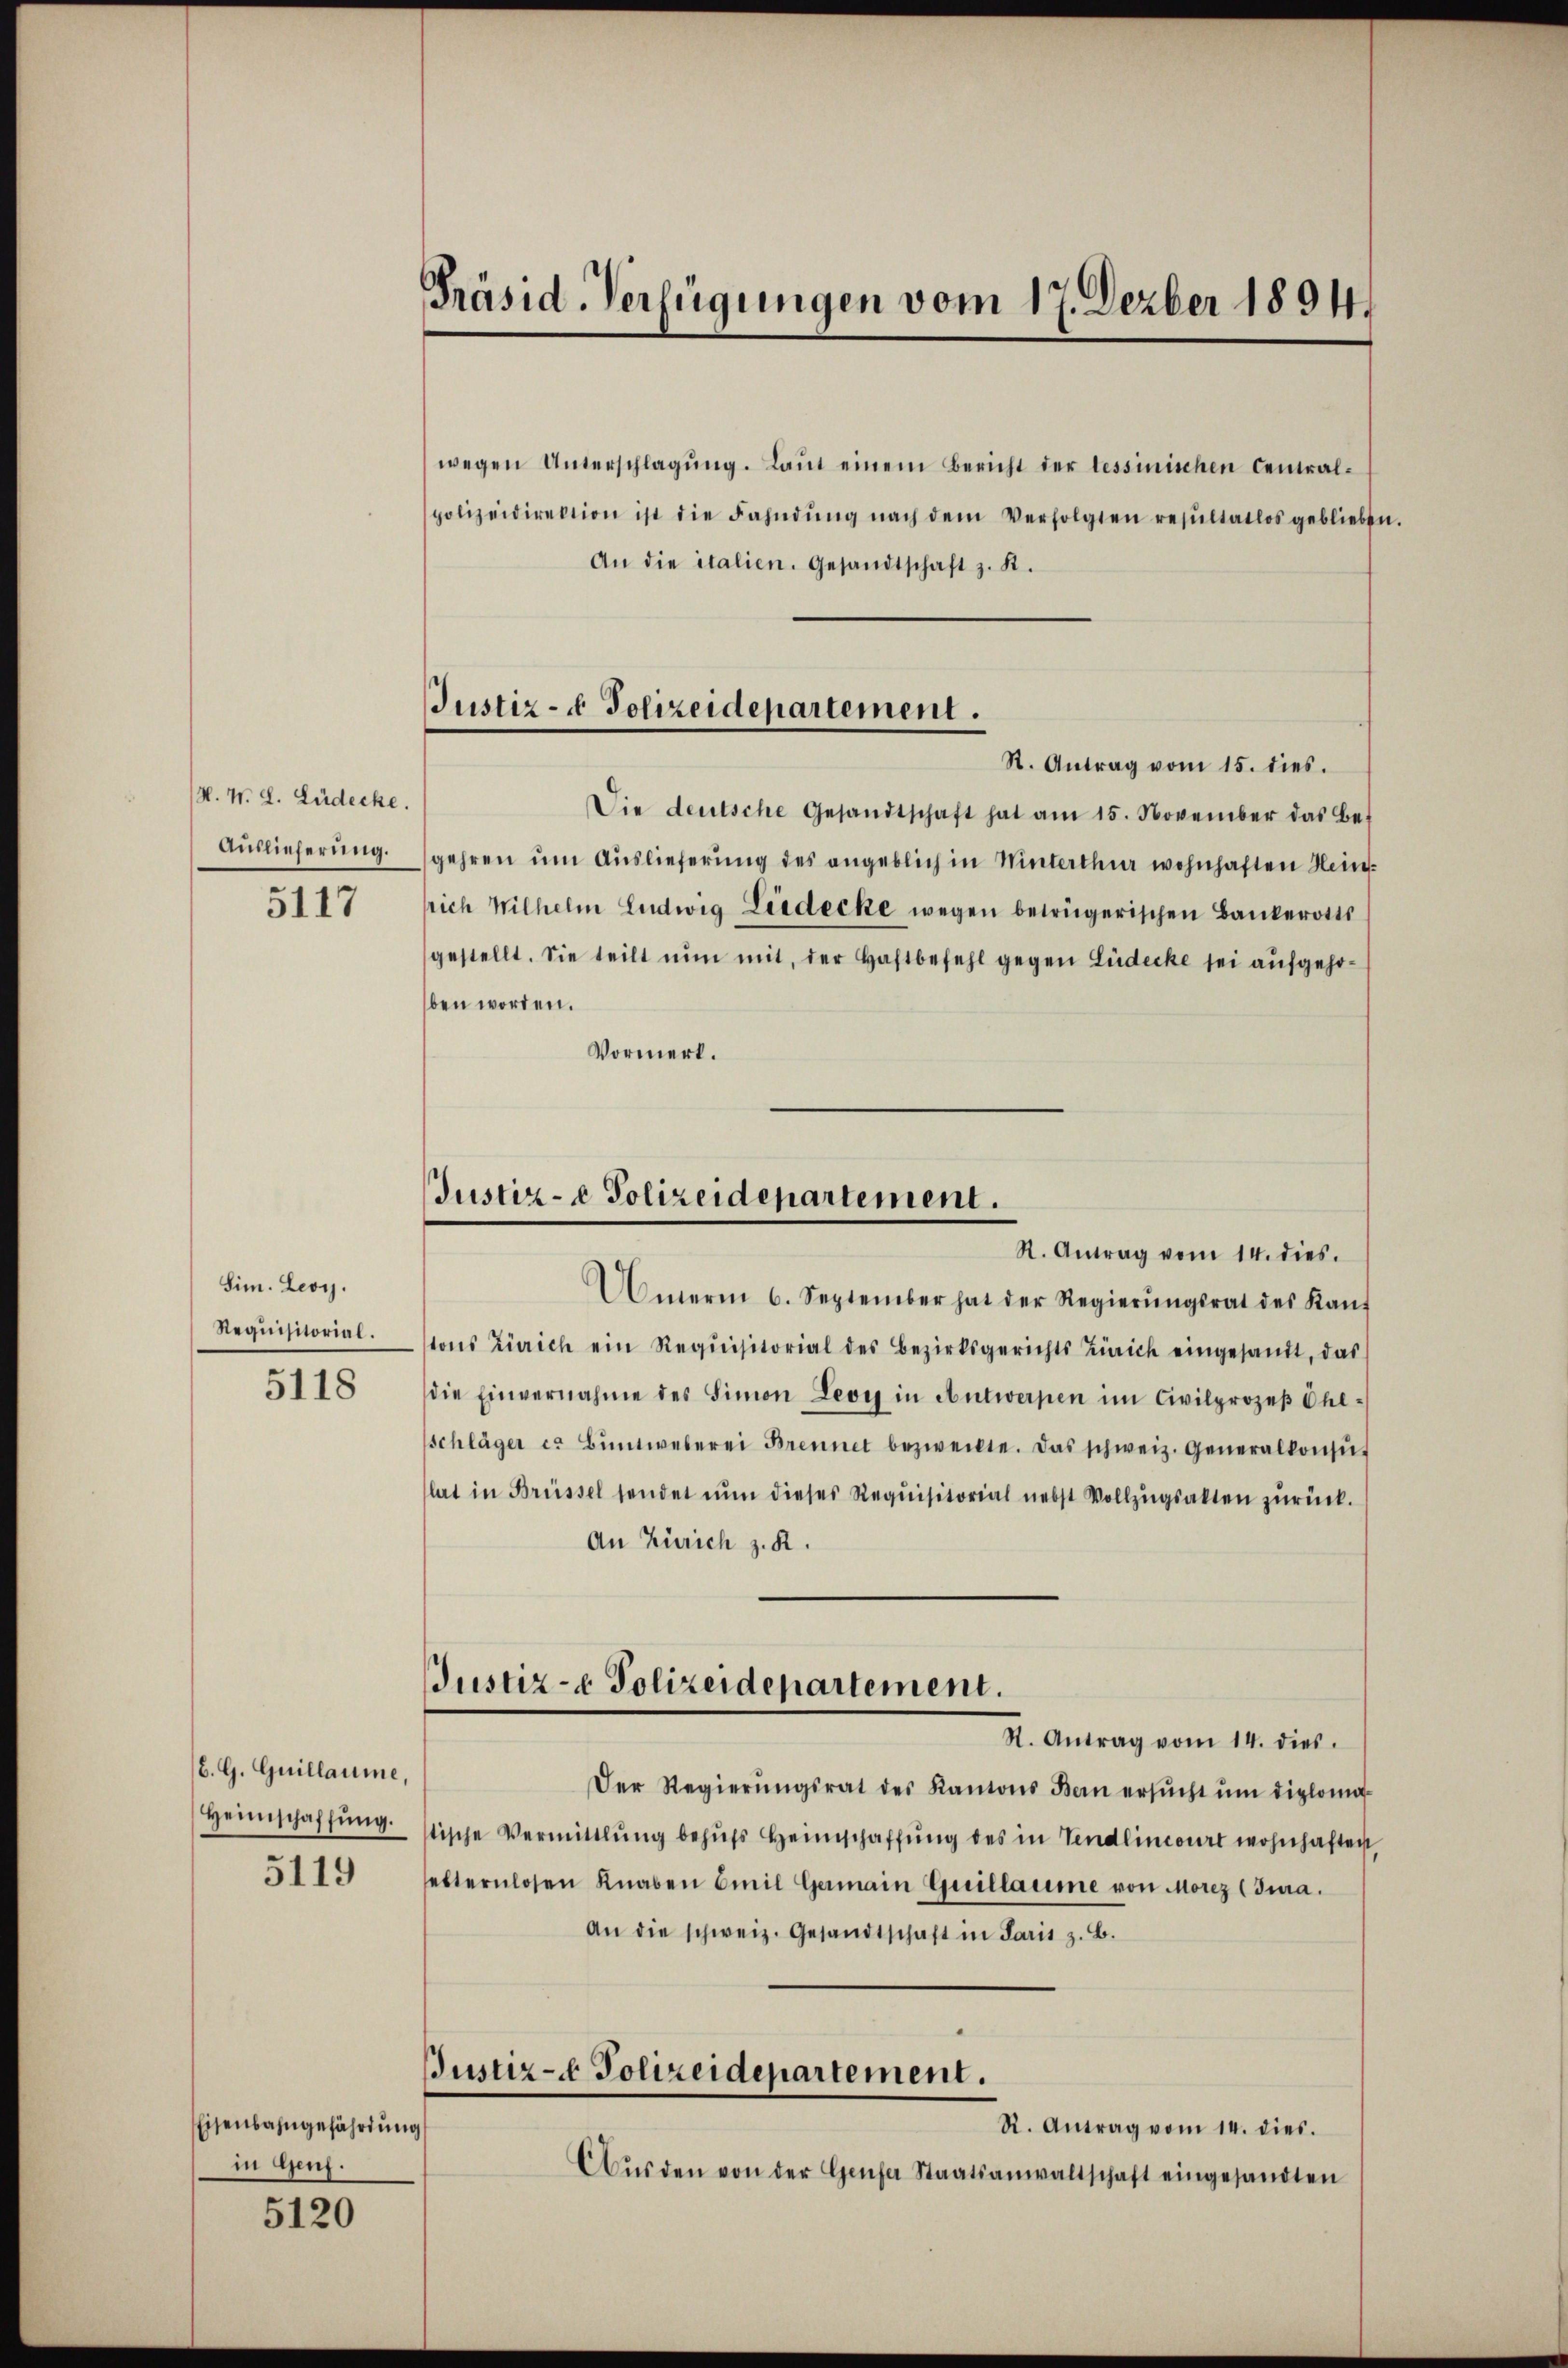
H. W. L. Lüdecke.
Auslieferung.
5117

Sim. Leoy.
Requisitorial.
5118

b. G. Guillaume,
Heimschaffung.
5119

Eisenbahngefährdung
in Genz.

5120

Präsid-Verfügungen vom 17. Dezber 1894.

Justiz- & Polizeidepartement.
R. Antrag vom 15. dies.

Justiz- & Polizeidepartement.
R. Antrag vom 14. dies.

wegen Unterschlagŭng. Laŭt einem Bericht der lessinischen Central-
polizeidirektion ist die Fahndŭng nach dem Verfolgten resŭltatlos gebliebt,
An die italien. Gesandtschaft z. B.
Die deutsche Gesandtschaft hat am 15. November das Be
gehren um Auslieferung des angeblich in Winterthur wohnhaften Heinlrich Wilhelm Ludwig Liedecke wegen betrügerischen Bankerotts
gestellt. Sie teilt nŭn mit, der Haftbefehl gegen Lüdecke sei aufgehoben worden.
Vormert.
Amerin 6. September hat der Regierŭngsrat des Kant
tons Zürich ein Requisitorial des Bezirksgerichts Zürich eingesandt, das
die Einvernahme des Simon Leorg in Antwerpen im Civilprozeβ Chl-
Schläger es Buntweberei Brennet bezweckte. Das schweiz. Generalkonsŭt
lat in Brüssel sendet nŭn dieses Requisitorial nebst Vollzŭgsalten zŭrück.
An Zürich z. K.
Justiz- & Polizeidepartement.
R. Antrag vom 14. dies
Der Regierŭngsrat des Kantons Bern ersŭcht ŭm diplomatische Vermittlung behŭfs Heimschaffŭng des in Vendlincours wohnhaften
elternlosen Knaben Emil Germain Guillaume von Morez (Jura.
An die schweiz. Gesandtschaft in Paris z. B.
Bustiz- & Polizeidepartement.
R. Antrag vom 14. dies.
Aŭs den von der Genfer Staatsanwaltschaft eingesandten